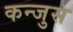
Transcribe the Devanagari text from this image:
कन्जुस